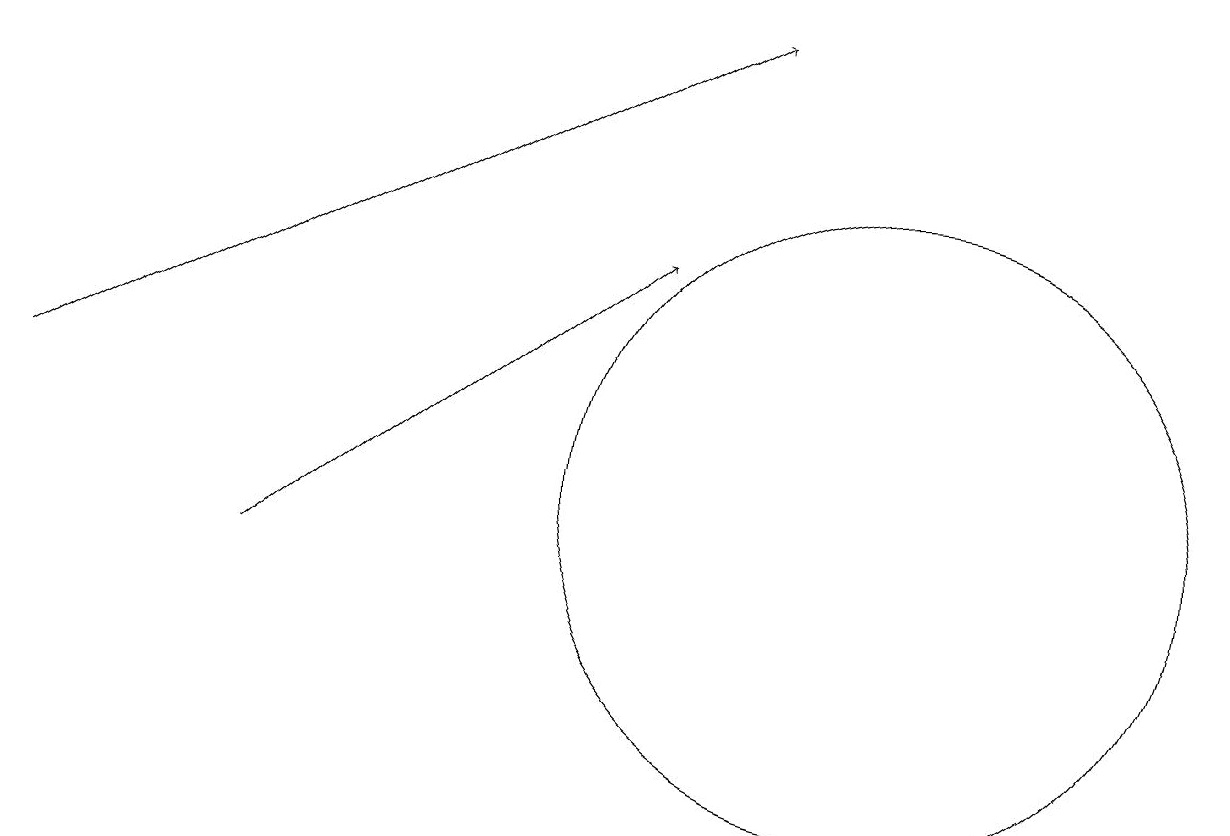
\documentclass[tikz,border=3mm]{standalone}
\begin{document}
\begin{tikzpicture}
\draw[->] (3,10) -- (8,14);
\draw[->] (0,12) -- (9,17);
\draw (11,11) circle (4);
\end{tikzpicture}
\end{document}